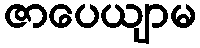
ဇာပေယျာမ